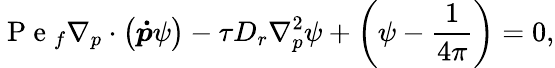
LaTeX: \mathrm{~P~e~}_{f}\nabla_{p}\cdot\left(\boldsymbol{\dot{p}}{\psi}\right)-\tau D_{r}\nabla_{p}^{2}{\psi}+\left({\psi}-\frac{1}{{4\pi}}\right)=0,